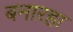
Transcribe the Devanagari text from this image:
बनारहा